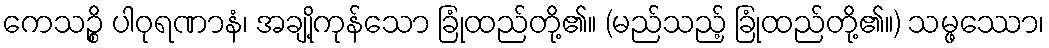
ကေသဉ္စိ ပါဝုရဏာနံ၊ အချို့ကုန်သော ခြုံထည်တို့၏။ (မည်သည့် ခြုံထည်တို့၏။) သမ္ဖဿော၊